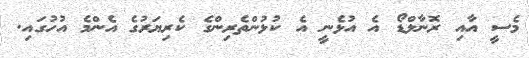
މެސީ އާއި ރޮނާލްޑޯ އެ އުޅެނީ އެ ކުޅުންތެރިންގެ ކެރިޔަރުގެ އެންމެ އުހުގައި.